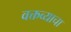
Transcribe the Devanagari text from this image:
वक्तव्याचा